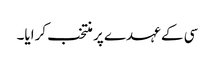
سی کے عہدے پر منتخب کرایا۔